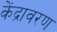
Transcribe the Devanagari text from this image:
केंद्रावरण